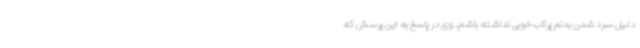
دلیل سرد شدن بدنم پرتاب خوبی نداشته باشم. وی در پاسخ به این پرسش که